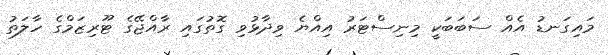
މައިގަނޑު އެއް ސަބަބަކީ މިނިސްޓަރު އިއްޔެ ވިދާޅުވި ގޮތުގައި ރާއްޖޭގެ ޓޫރިޒަމްގެ ހާލަތު